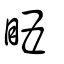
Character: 𥄬